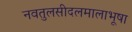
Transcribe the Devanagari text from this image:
नवतुलसीदलमालाभूषा